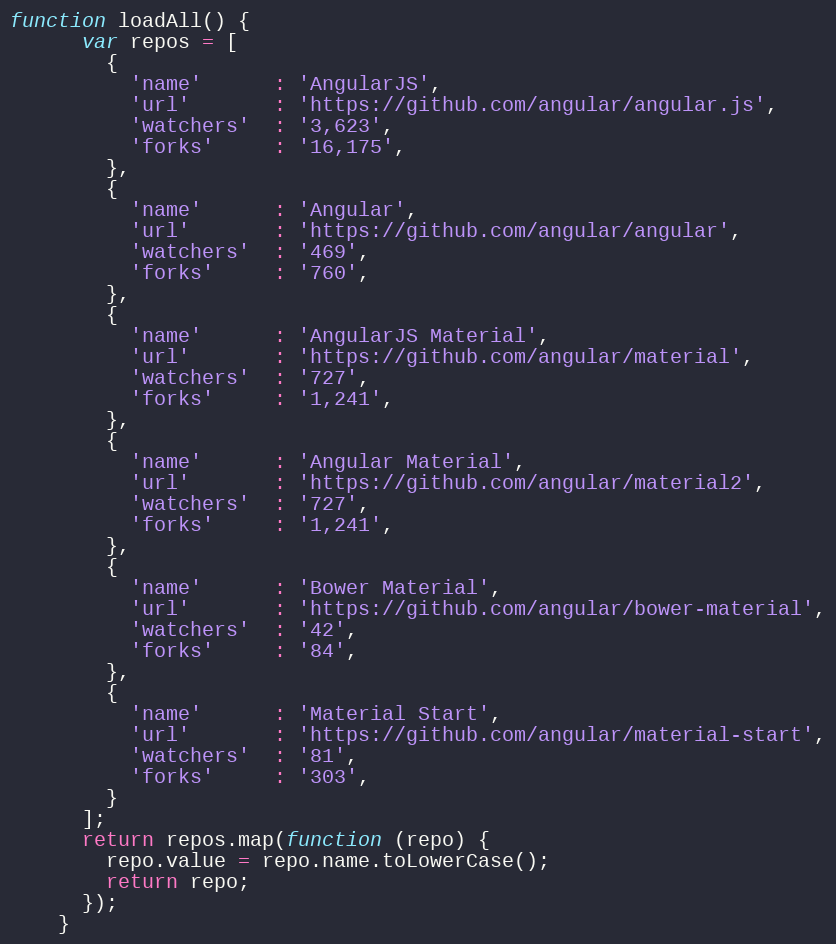
Language: JavaScript
function loadAll() {
      var repos = [
        {
          'name'      : 'AngularJS',
          'url'       : 'https://github.com/angular/angular.js',
          'watchers'  : '3,623',
          'forks'     : '16,175',
        },
        {
          'name'      : 'Angular',
          'url'       : 'https://github.com/angular/angular',
          'watchers'  : '469',
          'forks'     : '760',
        },
        {
          'name'      : 'AngularJS Material',
          'url'       : 'https://github.com/angular/material',
          'watchers'  : '727',
          'forks'     : '1,241',
        },
        {
          'name'      : 'Angular Material',
          'url'       : 'https://github.com/angular/material2',
          'watchers'  : '727',
          'forks'     : '1,241',
        },
        {
          'name'      : 'Bower Material',
          'url'       : 'https://github.com/angular/bower-material',
          'watchers'  : '42',
          'forks'     : '84',
        },
        {
          'name'      : 'Material Start',
          'url'       : 'https://github.com/angular/material-start',
          'watchers'  : '81',
          'forks'     : '303',
        }
      ];
      return repos.map(function (repo) {
        repo.value = repo.name.toLowerCase();
        return repo;
      });
    }